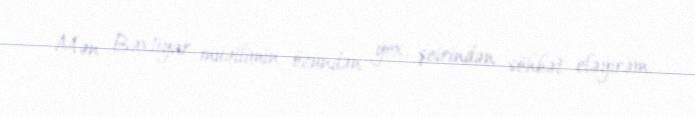
Mən Bəxtiyar müəllimin özündən yox, şeirindən söhbət eləyirəm.